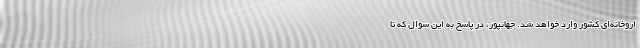
اروخانه‌ای کشور وارد خواهد شد. جهانپور، در پاسخ به این سوال که تا